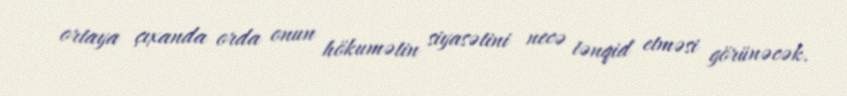
ortaya çıxanda orda onun hökumətin siyasətini necə tənqid etməsi görünəcək.